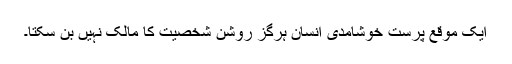
ایک موقع پرست خوشامدی انسان ہرگز روشن شخصیت کا مالک نہیں بن سکتا۔